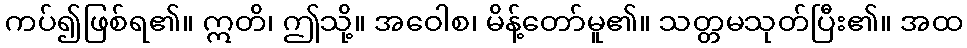
ကပ်၍ဖြစ်ရ၏။ ဣတိ၊ ဤသို့။ အဝေါစ၊ မိန့်တော်မူ၏။ သတ္တမသုတ်ပြီး၏။ အထ